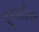
ફૂલદોલ